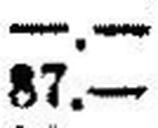
87.—